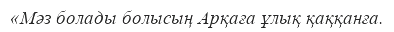
«Мәз болады болысың Арқаға ұлық қаққанға.